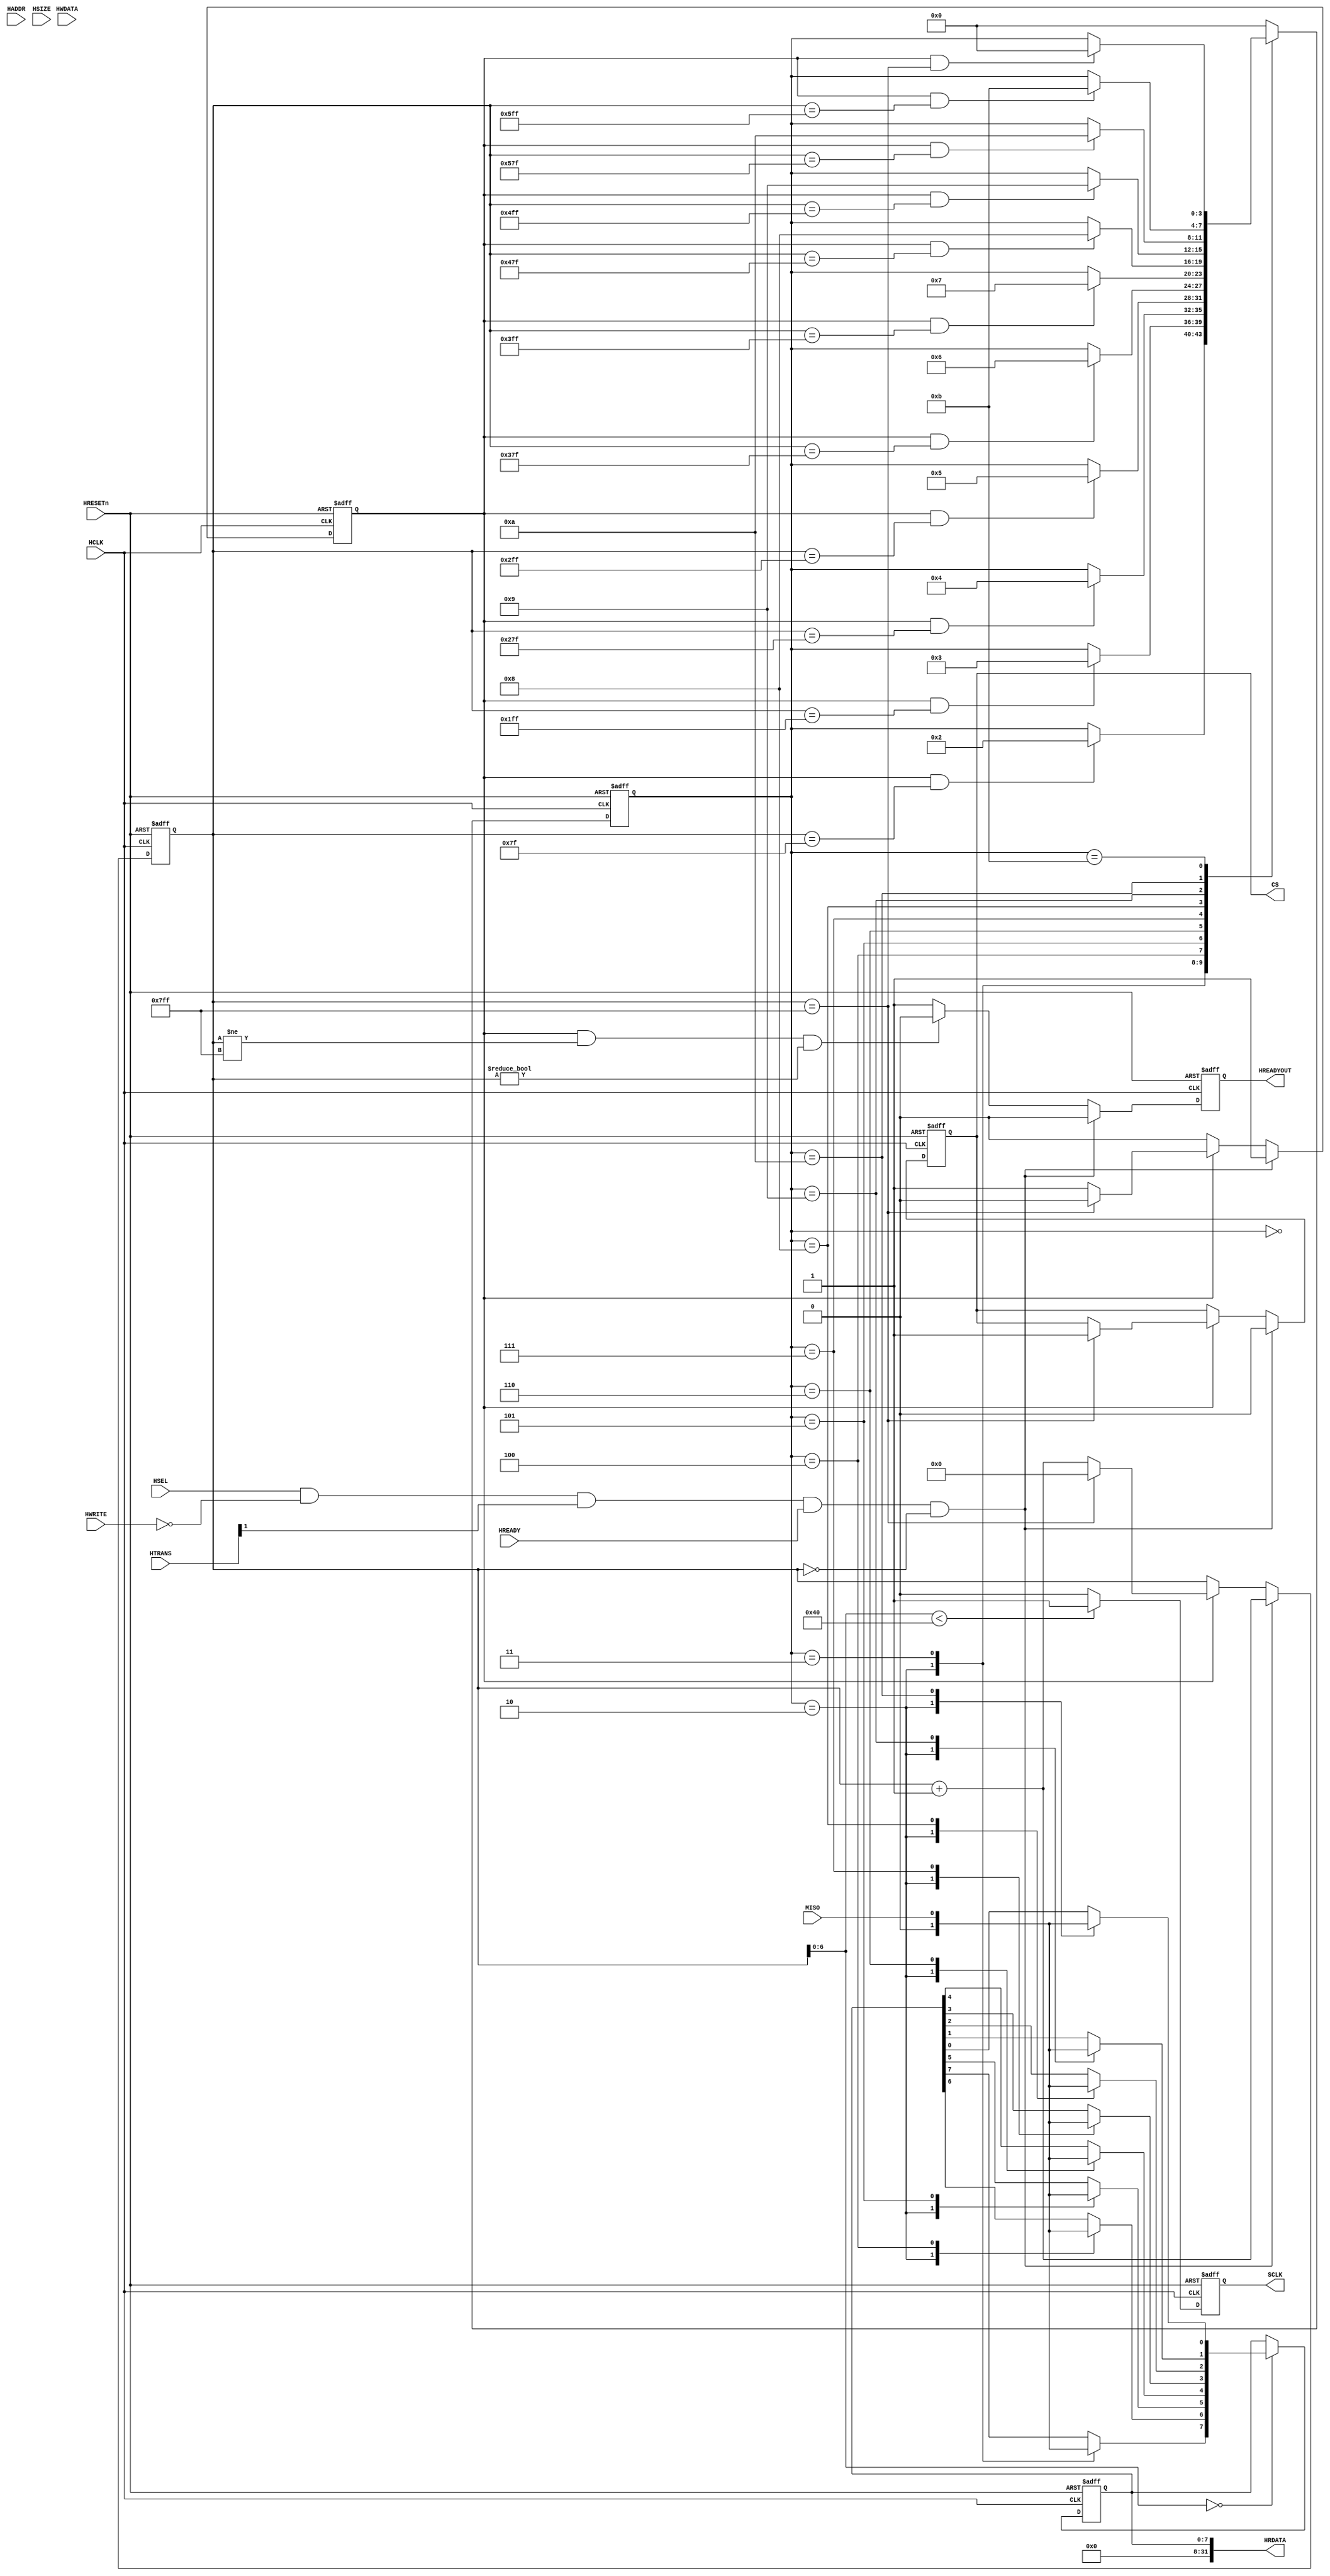
/******************************************************************************
*
*    Version:  1.0
*    Start Date:  Oct. 24, 2017
*    End   Date:  
*    Description:  main body of AHB2ALS.v
*    Dependencies:  
*    Company:  School of EEE, Dankook University
*    Designer: HyunJin Kim
*    Feature: AHB Lite interface for Pmod Ambient Light Sensor
*             SCK is (50/128)MHz for 50MHz bus clock speed. (1MHz < x < 4MHz)
*             16 sclk clock cycles for reading value
*               1 sclk clock cycles for no information
*               3 sclk clock cycles for leading zeros
*               8 sclk clock cycles for eight values
*               4 sclk clock cycles for trailing values
*
******************************************************************************/

`define READ    1'b1
`define WRITE   1'b0
`define ST_IDLE 4'd0
//`define ST_NI   4'd1 // no information
`define ST_LZ   4'd2 // leading zeros
`define ST_D1   4'd3
`define ST_D2   4'd4
`define ST_D3   4'd5
`define ST_D4   4'd6
`define ST_D5   4'd7
`define ST_D6   4'd8
`define ST_D7   4'd9
`define ST_D8   4'd10
`define ST_TZ   4'd11 // trailing zeros


module AHB2ALS(
  //AHBLITE INTERFACE
  //Slave Select Signals
  input wire HSEL,
  //Global Signal
  input wire HCLK,
  input wire HRESETn,
  //Address, Control & Write Data
  input wire HREADY,
  input wire [31:0] HADDR,
  input wire [1:0] HTRANS,
  input wire HWRITE,
  input wire [2:0] HSIZE,
  			
  input wire [31:0] HWDATA,
  // Transfer Response & Read Data
  output reg  HREADYOUT,
  output wire [31:0] HRDATA,

  input  wire  MISO,
  output reg   CS,
  output reg   SCLK

);

  reg [10:0]  cnt_hclk_clocks;
  reg        cnt_done;
  
  always @(posedge HCLK or negedge HRESETn)
  begin
    if (!HRESETn)
    begin
      cnt_done <= 1'b0;
      cnt_hclk_clocks <= 11'd0;
      CS <= 1'b1;
    end
    // start read operation
    else if ((HSEL && !HWRITE && HTRANS[1] && HREADY) && (cnt_hclk_clocks == 11'd0))
    begin
      cnt_done   <= 1'b1;
      cnt_hclk_clocks <= cnt_hclk_clocks + 1'b1;
      CS <= 1'b0;
    end
    else if (cnt_done == 1'b1) 
    begin
      if (cnt_hclk_clocks == 128*16-1) 
		  begin
        cnt_done <= 1'b0;
        cnt_hclk_clocks <= 11'd0;
        CS <= 1'b1;
		  end  
      else 
      begin  
        cnt_hclk_clocks <= cnt_hclk_clocks + 1'b1;
      end
    end
  end

  // generate HREADYOUT considering cnt_done, cnt_hclk_clocks
  always @(posedge HCLK or negedge HRESETn)
  begin
    if (!HRESETn)
      HREADYOUT <= 1'b1;
    else if ((HSEL && !HWRITE && HTRANS[1] && HREADY) && (cnt_hclk_clocks == 11'd0)) 
      HREADYOUT <= 1'b0;
    else if ((cnt_done == 1'b1) && (cnt_hclk_clocks != 128*16-1) && (cnt_hclk_clocks != 11'd0)) 
      HREADYOUT <= 1'b0;
    else 
      HREADYOUT <= 1'b1;
  end

  // generate SCLK
  always @(posedge HCLK or negedge HRESETn)
    if (!HRESETn)
      SCLK <= 1'b1;
    else if (cnt_hclk_clocks[6:0] < 7'd64)
      SCLK <= 1'b1;
    else
      SCLK <= 1'b0;

  reg [3:0] state, next_state; 

  // sequential part
  always @(posedge HCLK or negedge HRESETn)
  begin
	 if(!HRESETn)
     state <= `ST_IDLE;
   else
     state <= next_state;
  end

  // combinational part
  always @(cnt_hclk_clocks or cnt_done or state)
  begin
    next_state = state;
    case(state) 
      `ST_IDLE: begin
        if ((cnt_done == 1'b1) && (cnt_hclk_clocks == (128-1))) // 127  
          next_state = `ST_LZ;
      end
       `ST_LZ: begin
        if ((cnt_done == 1'b1) && (cnt_hclk_clocks == 128*4-1))  
          next_state = `ST_D1;
      end
       `ST_D1: begin
        if ((cnt_done == 1'b1) && (cnt_hclk_clocks == 128*5-1))  
          next_state = `ST_D2;
      end
       `ST_D2: begin
        if ((cnt_done == 1'b1) && (cnt_hclk_clocks == 128*6-1))  
          next_state = `ST_D3;
      end
       `ST_D3: begin
        if ((cnt_done == 1'b1) && (cnt_hclk_clocks == 128*7-1))  
          next_state = `ST_D4;
      end
       `ST_D4: begin
        if ((cnt_done == 1'b1) && (cnt_hclk_clocks == 128*8-1))  
          next_state = `ST_D5;
      end
       `ST_D5: begin
        if ((cnt_done == 1'b1) && (cnt_hclk_clocks == 128*9-1))  
          next_state = `ST_D6;
      end
       `ST_D6: begin
        if ((cnt_done == 1'b1) && (cnt_hclk_clocks == 128*10-1))  
          next_state = `ST_D7;
      end
       `ST_D7: begin
        if ((cnt_done == 1'b1) && (cnt_hclk_clocks == 128*11-1))  
          next_state = `ST_D8;
      end
       `ST_D8: begin
        if ((cnt_done == 1'b1) && (cnt_hclk_clocks == 128*12-1))  
          next_state = `ST_TZ;
      end
       `ST_TZ: begin
        if ((cnt_done == 1'b1) && (cnt_hclk_clocks == 128*16-1))  
          next_state = `ST_IDLE;
      end
        default:  
          next_state = `ST_IDLE;
    endcase
  end  

  reg [7:0] data, next_data;
 
  always @(posedge HCLK or negedge HRESETn)
  begin
	 if(!HRESETn)
   begin
     data  <= 32'h0; 
   end
   else
   begin
     data  <= next_data; 
   end
  end
 
  // output part
  always @(state or MISO or cnt_hclk_clocks[6:0] or data)
  begin
    next_data = data;
    if (cnt_hclk_clocks[6:0] == 0)  
      case(state)  
        `ST_LZ: next_data    = 8'b0;
        `ST_D1: next_data[7] = MISO;
        `ST_D2: next_data[6] = MISO;
        `ST_D3: next_data[5] = MISO;
        `ST_D4: next_data[4] = MISO;
        `ST_D5: next_data[3] = MISO;
        `ST_D6: next_data[2] = MISO;
        `ST_D7: next_data[1] = MISO;
        `ST_D8: next_data[0] = MISO;
      endcase
  end  

  assign HRDATA = {24'b0, data};

endmodule